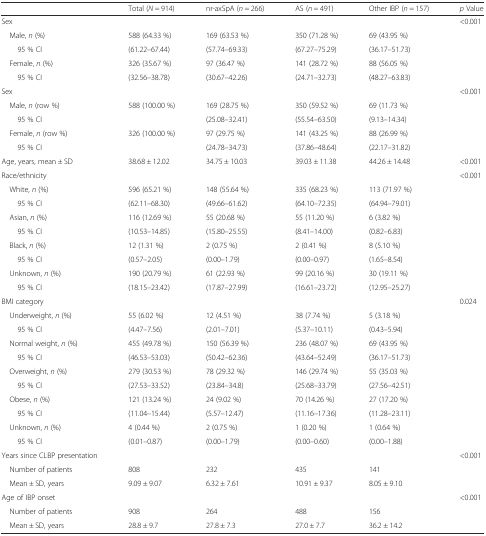
<table><thead><tr><td></td><td><b>Total (<i>N</i> = 914)</b></td><td><b>nr-axSpA (<i>n</i> = 266)</b></td><td><b>AS (<i>n</i> = 491)</b></td><td><b>Other IBP (<i>n</i> = 157)</b></td><td><b><i>p</i> Value</b></td></tr></thead><tbody><tr><td>Sex</td><td></td><td></td><td></td><td></td><td>&lt;0.001</td></tr><tr><td> Male, <i>n</i> (%)</td><td>588 (64.33 %)</td><td>169 (63.53 %)</td><td>350 (71.28 %)</td><td>69 (43.95 %)</td><td></td></tr><tr><td>95 % CI</td><td>(61.22–67.44)</td><td>(57.74–69.33)</td><td>(67.27–75.29)</td><td>(36.17–51.73)</td><td></td></tr><tr><td> Female, <i>n</i> (%)</td><td>326 (35.67 %)</td><td>97 (36.47 %)</td><td>141 (28.72 %)</td><td>88 (56.05 %)</td><td></td></tr><tr><td>95 % CI</td><td>(32.56–38.78)</td><td>(30.67–42.26)</td><td>(24.71–32.73)</td><td>(48.27–63.83)</td><td></td></tr><tr><td>Sex</td><td></td><td></td><td></td><td></td><td>&lt;0.001</td></tr><tr><td> Male, <i>n</i> (row %)</td><td>588 (100.00 %)</td><td>169 (28.75 %)</td><td>350 (59.52 %)</td><td>69 (11.73 %)</td><td></td></tr><tr><td>95 % CI</td><td></td><td>(25.08–32.41)</td><td>(55.54–63.50)</td><td>(9.13–14.34)</td><td></td></tr><tr><td> Female, <i>n</i> (row %)</td><td>326 (100.00 %)</td><td>97 (29.75 %)</td><td>141 (43.25 %)</td><td>88 (26.99 %)</td><td></td></tr><tr><td>95 % CI</td><td></td><td>(24.78–34.73)</td><td>(37.86–48.64)</td><td>(22.17–31.82)</td><td></td></tr><tr><td>Age, years, mean ± SD</td><td>38.68 ± 12.02</td><td>34.75 ± 10.03</td><td>39.03 ± 11.38</td><td>44.26 ± 14.48</td><td>&lt;0.001</td></tr><tr><td>Race/ethnicity</td><td></td><td></td><td></td><td></td><td>&lt;0.001</td></tr><tr><td> White, <i>n</i> (%)</td><td>596 (65.21 %)</td><td>148 (55.64 %)</td><td>335 (68.23 %)</td><td>113 (71.97 %)</td><td></td></tr><tr><td>95 % CI</td><td>(62.11–68.30)</td><td>(49.66–61.62)</td><td>(64.10–72.35)</td><td>(64.94–79.01)</td><td></td></tr><tr><td> Asian, <i>n</i> (%)</td><td>116 (12.69 %)</td><td>55 (20.68 %)</td><td>55 (11.20 %)</td><td>6 (3.82 %)</td><td></td></tr><tr><td>95 % CI</td><td>(10.53–14.85)</td><td>(15.80–25.55)</td><td>(8.41–14.00)</td><td>(0.82–6.83)</td><td></td></tr><tr><td> Black, <i>n</i> (%)</td><td>12 (1.31 %)</td><td>2 (0.75 %)</td><td>2 (0.41 %)</td><td>8 (5.10 %)</td><td></td></tr><tr><td>95 % CI</td><td>(0.57–2.05)</td><td>(0.00–1.79)</td><td>(0.00–0.97)</td><td>(1.65–8.54)</td><td></td></tr><tr><td> Unknown, <i>n</i> (%)</td><td>190 (20.79 %)</td><td>61 (22.93 %)</td><td>99 (20.16 %)</td><td>30 (19.11 %)</td><td></td></tr><tr><td>95 % CI</td><td>(18.15–23.42)</td><td>(17.87–27.99)</td><td>(16.61–23.72)</td><td>(12.95–25.27)</td><td></td></tr><tr><td>BMI category</td><td></td><td></td><td></td><td></td><td>0.024</td></tr><tr><td> Underweight, <i>n</i> (%)</td><td>55 (6.02 %)</td><td>12 (4.51 %)</td><td>38 (7.74 %)</td><td>5 (3.18 %)</td><td></td></tr><tr><td>95 % CI</td><td>(4.47–7.56)</td><td>(2.01–7.01)</td><td>(5.37–10.11)</td><td>(0.43–5.94)</td><td></td></tr><tr><td> Normal weight, <i>n</i> (%)</td><td>455 (49.78 %)</td><td>150 (56.39 %)</td><td>236 (48.07 %)</td><td>69 (43.95 %)</td><td></td></tr><tr><td>95 % CI</td><td>(46.53–53.03)</td><td>(50.42–62.36)</td><td>(43.64–52.49)</td><td>(36.17–51.73)</td><td></td></tr><tr><td> Overweight, <i>n</i> (%)</td><td>279 (30.53 %)</td><td>78 (29.32 %)</td><td>146 (29.74 %)</td><td>55 (35.03 %)</td><td></td></tr><tr><td>95 % CI</td><td>(27.53–33.52)</td><td>(23.84–34.8)</td><td>(25.68–33.79)</td><td>(27.56–42.51)</td><td></td></tr><tr><td> Obese, <i>n</i> (%)</td><td>121 (13.24 %)</td><td>24 (9.02 %)</td><td>70 (14.26 %)</td><td>27 (17.20 %)</td><td></td></tr><tr><td>95 % CI</td><td>(11.04–15.44)</td><td>(5.57–12.47)</td><td>(11.16–17.36)</td><td>(11.28–23.11)</td><td></td></tr><tr><td> Unknown, <i>n</i> (%)</td><td>4 (0.44 %)</td><td>2 (0.75 %)</td><td>1 (0.20 %)</td><td>1 (0.64 %)</td><td></td></tr><tr><td>95 % CI</td><td>(0.01–0.87)</td><td>(0.00–1.79)</td><td>(0.00–0.60)</td><td>(0.00–1.88)</td><td></td></tr><tr><td>Years since CLBP presentation</td><td></td><td></td><td></td><td></td><td>&lt;0.001</td></tr><tr><td> Number of patients</td><td>808</td><td>232</td><td>435</td><td>141</td><td></td></tr><tr><td> Mean ± SD, years</td><td>9.09 ± 9.07</td><td>6.32 ± 7.61</td><td>10.91 ± 9.37</td><td>8.05 ± 9.10</td><td></td></tr><tr><td>Age of IBP onset</td><td></td><td></td><td></td><td></td><td>&lt;0.001</td></tr><tr><td> Number of patients</td><td>908</td><td>264</td><td>488</td><td>156</td><td></td></tr><tr><td> Mean ± SD, years</td><td>28.8 ± 9.7</td><td>27.8 ± 7.3</td><td>27.0 ± 7.7</td><td>36.2 ± 14.2</td><td></td></tr></tbody></table>